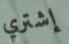
إشتري